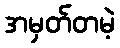
အမှတ်တမဲ့